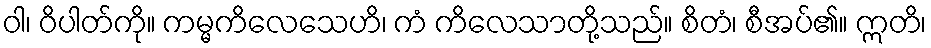
ဝါ၊ ဝိပါတ်ကို။ ကမ္မကိလေသေဟိ၊ ကံ ကိလေသာတို့သည်။ စိတံ၊ စီအပ်၏။ ဣတိ၊